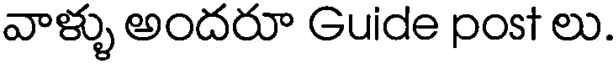
వాళ్ళు అందరూ Guide post లు.